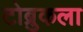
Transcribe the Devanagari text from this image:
टोब्रुकला